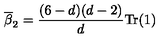
\overline { \beta } _ { 2 } = \frac { ( 6 - d ) ( d - 2 ) } { d } \mathrm { T r } ( 1 )